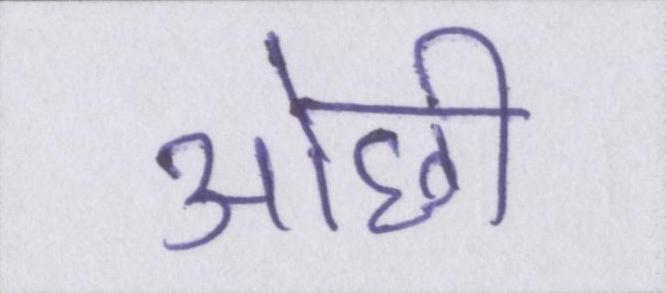
ओछी